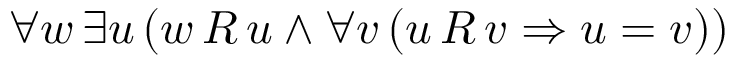
\forall w \, \exists u \, ( w \, R \, u \land \forall v \, ( u \, R \, v \Rightarrow u = v ) )